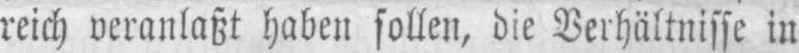
reich veranlasst haben sollen, die Verhältnisse in